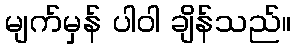
မျက်မှန် ပါဝါ ချိန်သည်။